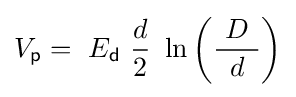
V_{\mathsf {p}}=\ E_{\mathsf {d}}\ {\frac {d}{2}}\ \ln \left({\frac {\ D\ }{d}}\right)